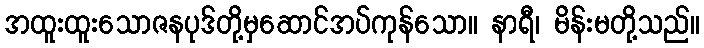
အထူးထူးသောဇနပုဒ်တို့မှဆောင်အပ်ကုန်သော။ နာရီ၊ မိန်းမတို့သည်။